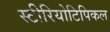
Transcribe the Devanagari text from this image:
स्टीरियोटिपिकल